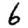
Digit: 6